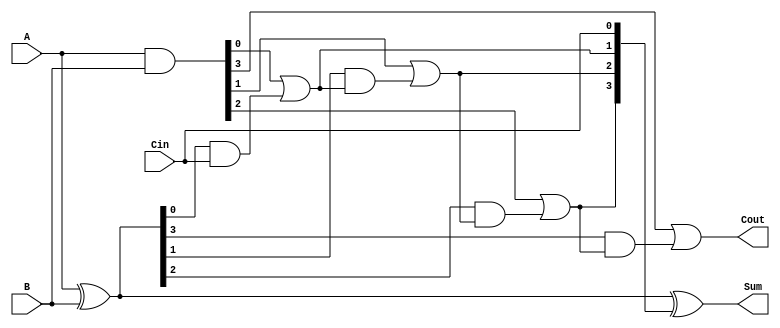
module CarryInLookaheadAdder #(parameter N = 4) (
    input  [N-1:0] A,      // First operand
    input  [N-1:0] B,      // Second operand
    input         Cin,      // Carry input
    output [N-1:0] Sum,     // Sum output
    output        Cout       // Carry output
);

    // Internal signals for generate and propagate
    wire [N-1:0] G; // Generate
    wire [N-1:0] P; // Propagate
    wire [N:0] C;   // Carry signals

    // Generate and propagate signals
    assign G = A & B;            // G[i] = A[i] & B[i]
    assign P = A ^ B;            // P[i] = A[i] ^ B[i]
    
    // Carry signals
    assign C[0] = Cin;           // C[0] = Cin
    genvar i;
    generate
        for (i = 0; i < N; i = i + 1) begin : carry_logic
            if (i == 0) begin
                assign C[i + 1] = G[i] | (P[i] & C[i]); // C[1] = G[0] + (P[0] * C[0])
            end else begin
                assign C[i + 1] = G[i] | (P[i] & C[i]); // C[i + 1] = G[i] + (P[i] * C[i])
            end
        end
    endgenerate

    // Sum calculation
    assign Sum = P ^ C[N-1:0];   // Sum[i] = P[i] ^ C[i]

    // Carry output
    assign Cout = C[N];          // Cout = C[n]

endmodule